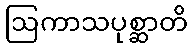
ဩကာသပုစ္ဆာတိ